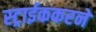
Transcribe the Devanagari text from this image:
स्ट्राईककरने